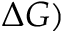
\Delta G )